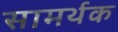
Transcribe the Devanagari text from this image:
सामर्थक